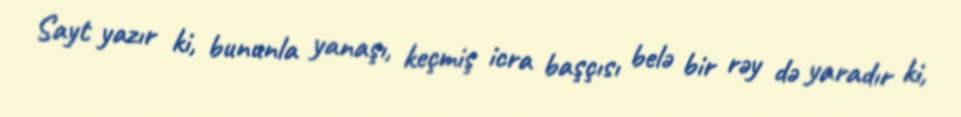
Sayt yazır ki, bununla yanaşı, keçmiş icra başçısı belə bir rəy də yaradır ki,